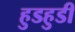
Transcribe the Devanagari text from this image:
हुडहुडी